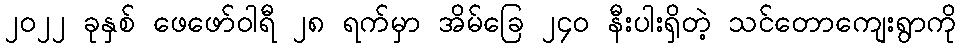
၂၀၂၂ ခုနှစ် ဖေဖော်ဝါရီ ၂၈ ရက်မှာ အိမ်ခြေ ၂၄၀ နီးပါးရှိတဲ့ သင်တောကျေးရွာကို